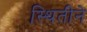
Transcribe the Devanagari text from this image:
स्थितीने